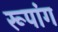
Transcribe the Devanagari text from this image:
रूपांग